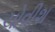
ચોવીશ